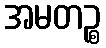
အမတဉ္စ